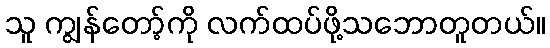
သူ ကျွန်တော့်ကို လက်ထပ်ဖို့သဘောတူတယ်။